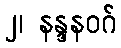
၂၊ နန္ဒနဝဂ်